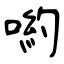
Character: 喲